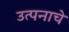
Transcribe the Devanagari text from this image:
उत्पनाचे